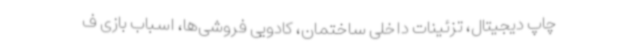
چاپ دیجیتال، تزئینات داخلی ساختمان، کادویی فروشی‌ها، اسباب بازی ف